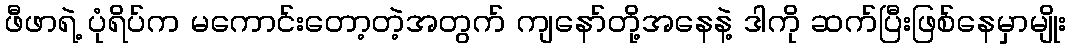
ဖီဖာရဲ့ ပုံရိပ်က မကောင်းတော့တဲ့အတွက် ကျနော်တို့အနေနဲ့ ဒါကို ဆက်ပြီးဖြစ်နေမှာမျိုး